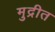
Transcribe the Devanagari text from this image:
मुद्रीत